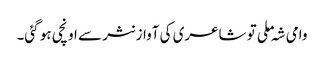
وامی شہ ملی تو شاعری کی آواز نثر سے اونچی ہو گئی۔